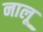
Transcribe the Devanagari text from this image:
नालू